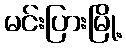
မင်းပြားမြို့